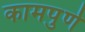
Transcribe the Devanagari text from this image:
कामपुर्ण